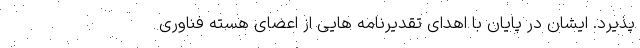
پذیرد. ایشان در پایان با اهدای تقدیرنامه هایی از اعضای هسته فناوری